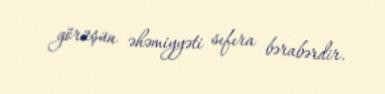
görüşün əhəmiyyəti sıfıra bərabərdir.